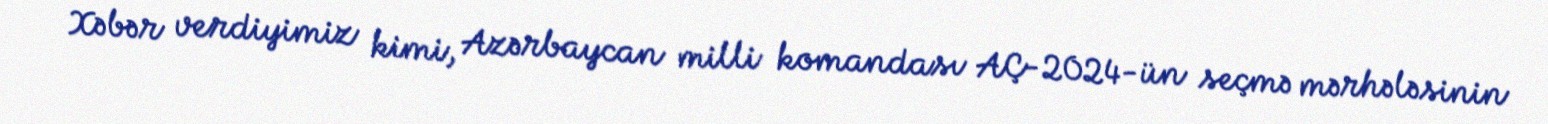
Xəbər verdiyimiz kimi, Azərbaycan milli komandası AÇ-2024-ün seçmə mərhələsinin